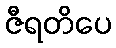
ဇီရတိပေ